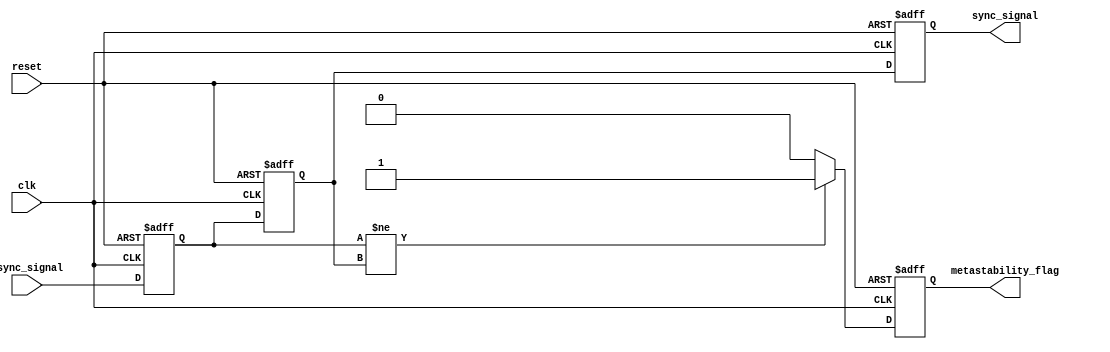
module metastability_detector (
    input wire async_signal,    // Asynchronous input signal
    input wire clk,             // Synchronous clock signal
    input wire reset,           // Reset signal
    output reg sync_signal,     // Synchronized output signal
    output reg metastability_flag // Indicates potential metastability
);

    reg async_ff;               // Output of the first flip-flop
    reg async_ff2;              // Output of the second flip-flop

    // Flip-flop to sample the asynchronous signal
    always @(posedge clk or posedge reset) begin
        if (reset) begin
            async_ff <= 1'b0;
            async_ff2 <= 1'b0;
            sync_signal <= 1'b0;
            metastability_flag <= 1'b0;
        end else begin
            async_ff <= async_signal;  // Sample async_signal on the rising edge
            async_ff2 <= async_ff;     // Sample async_ff on the next clock edge
            sync_signal <= async_ff2;   // Output the synchronized signal
            
            // Detect potential metastability
            if (async_ff != async_ff2) begin
                metastability_flag <= 1'b1; // Indicate a state change
            end else begin
                metastability_flag <= 1'b0; // Clear the flag if stable
            end
        end
    end

endmodule